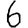
Digit: 6